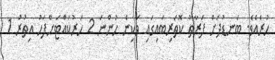
ހުރެއެވެ. ބަނޑުދަށް ފަރާތު ކޮތަރިބައިގައި ވަކިން ހުންނަ 2 ހަރުކައްޓަށްފަހު އިތުރު 1